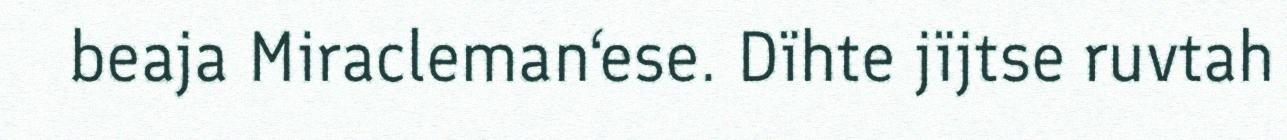
beaja Miracleman‘ese. Dïhte jïjtse ruvtah